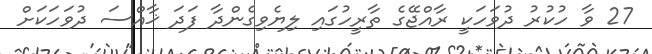
27 ވާ ހުކުރު ދުވަހަކީ ރާއްޖޭގެ ތާރީހުގައި ލިޔެވިގެންދާ ފަދަ ޚާއްސަ ދުވަހަކަށް